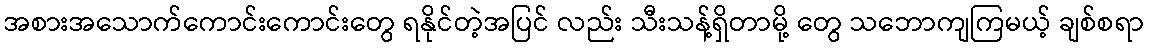
အစားအသောက်ကောင်းကောင်းတွေ ရနိုင်တဲ့အပြင် လည်း သီးသန့်ရှိတာမို့ တွေ သဘောကျကြမယ့် ချစ်စရာ